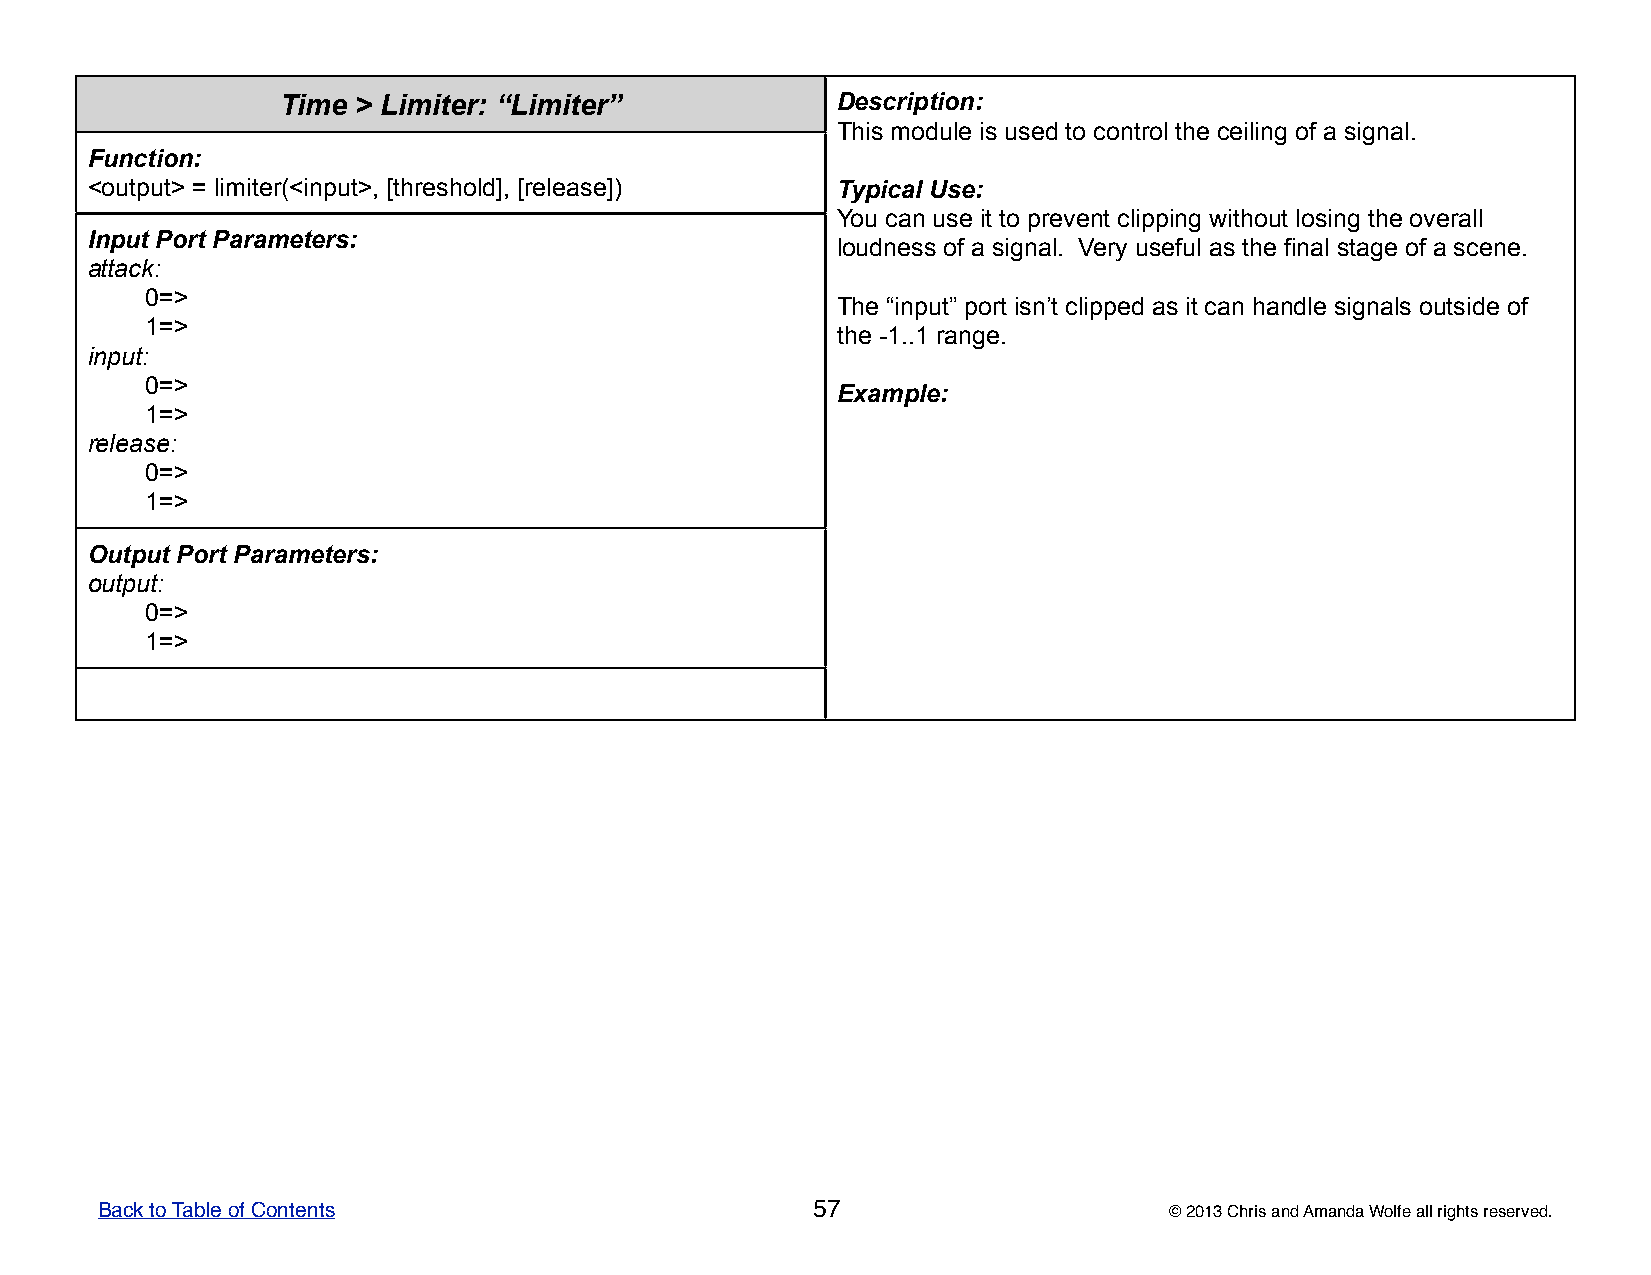
Time  > Limiter: “Limiter”           DDDDDeeeeessssscccccrrrrriiiiippppptttttiiiiiooooonnnnn:::::
 TTTTThhhhhiiiiisssss mmmmmoooooddddduuuuullllleeeee iiiiisssss uuuuussssseeeeeddddd tttttooooo cccccooooonnnnntttttrrrrrooooolllll ttttthhhhheeeee ccccceeeeeiiiiillllliiiiinnnnnggggg ooooofffff aaaaa sssssiiiiigggggnnnnnaaaaalllll.....
 Function:
 <output> = limiter(<input>, [threshold], [release]) TTTTTyyyyypppppiiiiicccccaaaaalllll UUUUUssssseeeee:::::
 YYYYYooooouuuuu cccccaaaaannnnn uuuuussssseeeee iiiiittttt tttttooooo ppppprrrrreeeeevvvvveeeeennnnnttttt cccccllllliiiiippppppppppiiiiinnnnnggggg wwwwwiiiiittttthhhhhooooouuuuuttttt lllllooooosssssiiiiinnnnnggggg ttttthhhhheeeee ooooovvvvveeeeerrrrraaaaallllllllll
 Input Port Parameters:
 lllllooooouuuuudddddnnnnneeeeessssssssss ooooofffff aaaaa sssssiiiiigggggnnnnnaaaaalllll..... VVVVVeeeeerrrrryyyyy uuuuussssseeeeefffffuuuuulllll aaaaasssss ttttthhhhheeeee fffffiiiiinnnnnaaaaalllll ssssstttttaaaaagggggeeeee ooooofffff aaaaa sssssccccceeeeennnnneeeee.....
 attack:
 0=>
 TTTTThhhhheeeee “““““iiiiinnnnnpppppuuuuuttttt””””” pppppooooorrrrrttttt iiiiisssssnnnnn’’’’’ttttt cccccllllliiiiippppppppppeeeeeddddd aaaaasssss iiiiittttt cccccaaaaannnnn hhhhhaaaaannnnndddddllllleeeee sssssiiiiigggggnnnnnaaaaalllllsssss ooooouuuuutttttsssssiiiiidddddeeeee ooooofffff
 1=>
 ttttthhhhheeeee -----11111..........11111 rrrrraaaaannnnngggggeeeee.....
 input:
 0=>
 EEEEExxxxxaaaaammmmmpppppllllleeeee:::::
 1=>
 release:
 0=>
 1=>
 Output Port Parameters:
 output:
 0=>
 1=>
 Back to Table of Contents                       57                     © 2013 Chris and Amanda Wolfe all rights reserved.